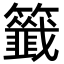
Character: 籤